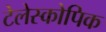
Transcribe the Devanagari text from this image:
टेलेस्कोपिक